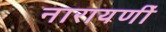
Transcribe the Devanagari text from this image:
नारायणीं